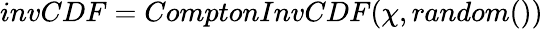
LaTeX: invCDF=ComptonInvCDF(\chi,random())